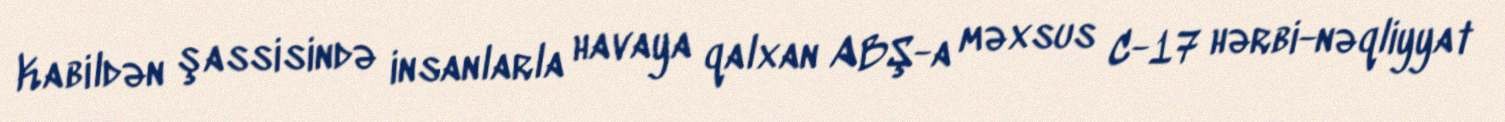
Kabildən şassisində insanlarla havaya qalxan ABŞ-a məxsus C-17 hərbi-nəqliyyat